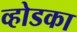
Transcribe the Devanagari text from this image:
व्होडका